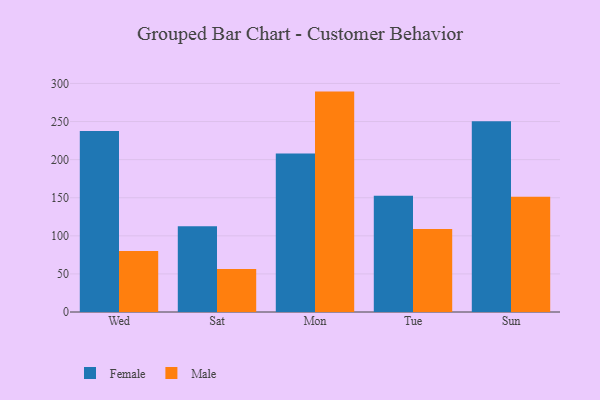
{"axis": {"x": "Day", "y": "Market Share (%)"}, "legend": ["Female", "Male"], "data": [{"x": "Wed", "y": 237.5, "type": "Female"}, {"x": "Wed", "y": 80.2, "type": "Male"}, {"x": "Sat", "y": 112.4, "type": "Female"}, {"x": "Sat", "y": 56.6, "type": "Male"}, {"x": "Mon", "y": 208.1, "type": "Female"}, {"x": "Mon", "y": 289.3, "type": "Male"}, {"x": "Tue", "y": 152.5, "type": "Female"}, {"x": "Tue", "y": 108.9, "type": "Male"}, {"x": "Sun", "y": 250.4, "type": "Female"}, {"x": "Sun", "y": 151.2, "type": "Male"}]}